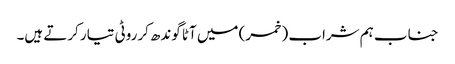
جناب ہم شراب (خمر) میں آٹا گوندھ کرروٹی تیار کرتے ہیں۔